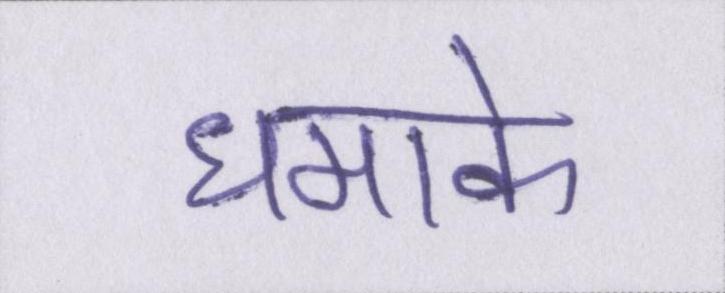
धमाके